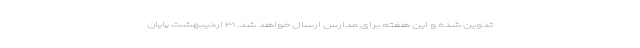
تدوین شده و این هفته برای مدارس ارسال خواهد شد. ۳۱ اردیبهشت پایان